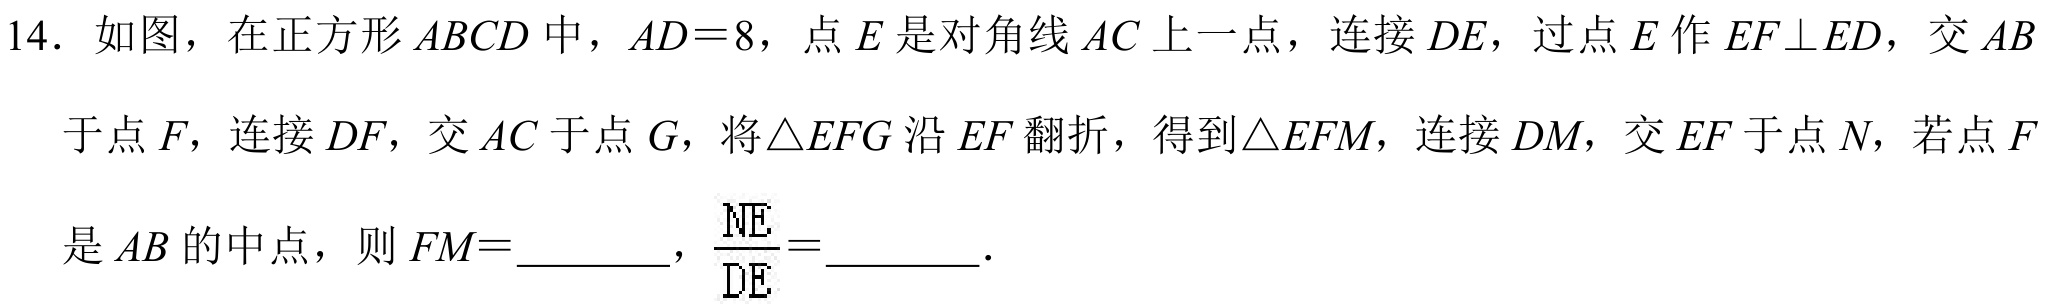
14. 如图，在正方形\(ABCD\)中，\(AD = 8\)，点\(E\)是对角线\(AC\)上一点，连接\(DE\)，过点\(E\)作\(EF\perp ED\)，交\(AB\)于点\(F\)，连接\(DF\)，交\(AC\)于点\(G\)，将\(\triangle EFG\)沿\(EF\)翻折，得到\(\triangle EFM\)，连接\(DM\)，交\(EF\)于点\(N\)，若点\(F\)是\(AB\)的中点，则\(FM=\)________，\(\frac{NE}{DE} =\)________ 。